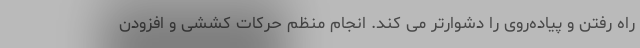
راه رفتن و پیاده‌روی را دشوارتر می کند. انجام منظم حرکات کششی و افزودن